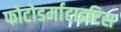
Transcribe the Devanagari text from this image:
फोटोडर्माटाइटिस